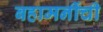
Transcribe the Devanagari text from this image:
बहामनींची